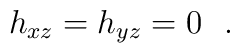
h_{xz}=h_{yz}=0\ \ .